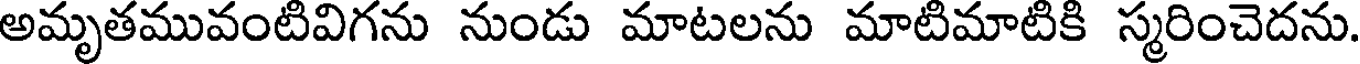
అమృతమువంటివిగను నుండు మాటలను మాటిమాటికి స్మరించెదను